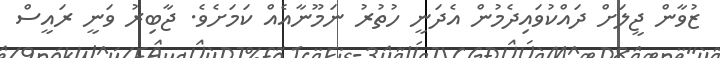
ޒުވާން ޖީލަށް ދައްކުވައިދެމުން އެދަނީ ހުތުރު ނަމޫނާއެއް ކަމަށެވެ. ޖާބިރު ވަނީ ރައީސް